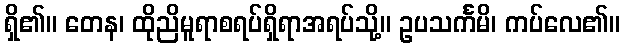
ရှိ၏။ တေန၊ ထိုညိမူရာစရပ်ရှိရာအရပ်သို့။ ဥပသင်္ကမိ၊ ကပ်လေ၏။